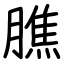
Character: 膲